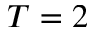
T = 2